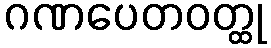
ဂဏပေတဝတ္ထု